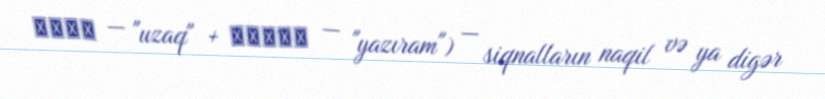
τῆλε — "uzaq" + γρᾰ́φω — "yazıram") — siqnalların naqil və ya digər